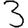
Digit: 3